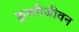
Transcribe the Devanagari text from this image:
कुस्तीजीवन